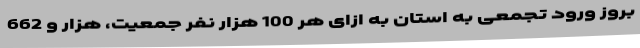
بروز ورود تجمعی به استان به ازای هر 100 هزار نفر جمعیت، هزار و 662